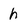
Character: h